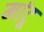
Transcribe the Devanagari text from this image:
मांटू